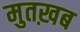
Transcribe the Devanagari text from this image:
मुतख़ब